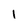
Character: 1